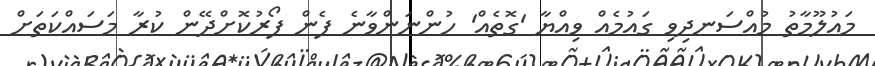
މައުލޫމާތު މުއްސަނދިވި ގައުމެއް ވިއްޔާ 'ގޮތެއް' ހުންނަންވާނެ ފެން ފޯރުކޮށްދޭން ކުރާ މަސައްކަތަށް